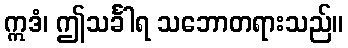
ဣဒံ၊ ဤသင်္ခါရ သဘောတရားသည်။